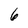
Character: 6